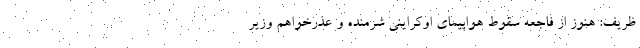
ظریف: هنوز از فاجعه سقوط هواپیمای اوکراینی شرمنده و عذرخواهم وزیر